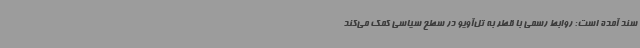
سند آمده است: روابط رسمی با قطر به تل‌آویو در سطح سیاسی کمک می‌کند